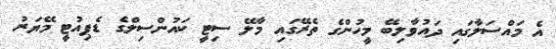
އެ މައްސަލާގައި ދައުވާލިބޭ މީހުންގެ ތެރޭގައި މާލޭ ސިޓީ ކައުންސިލްގެ ޑެޕިއުޓީ މޭޔަރު